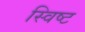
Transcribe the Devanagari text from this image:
स्विष्ट